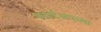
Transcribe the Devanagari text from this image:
स्टार्टअपच्या